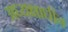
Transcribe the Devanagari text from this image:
अध्यक्षाधीन